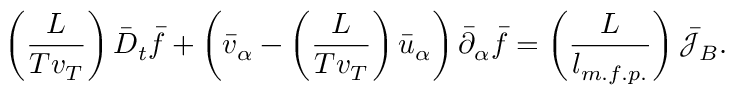
\left( \frac { L } { T v _ { T } } \right) \bar { D } _ { t } \bar { f } + \left( \bar { v } _ { \alpha } - \left( \frac { L } { T v _ { T } } \right) \bar { u } _ { \alpha } \right) \bar { \partial } _ { \alpha } \bar { f } = \left( \frac { L } { l _ { m . f . p . } } \right) \bar { \mathcal { J } } _ { B } .